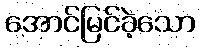
အောင်မြင်ခဲ့သော